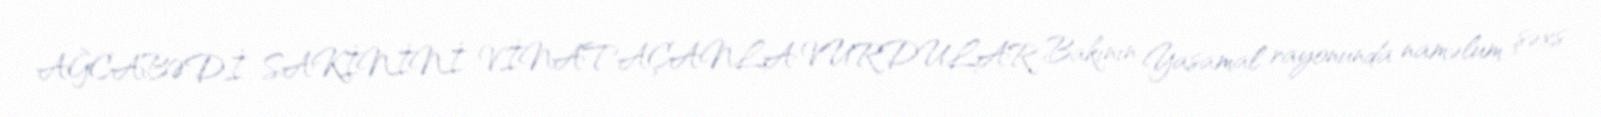
AĞCABƏDİ SAKİNİNİ VİNATAÇANLA VURDULAR Bakının Yasamal rayonunda naməlum şəxs